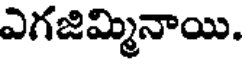
ఎగజిమ్మినాయి.